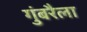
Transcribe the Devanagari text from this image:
गुंबरैला